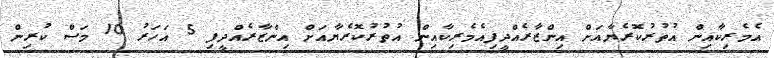
އެމެރިކާއިން އުތުރުކޮރެޔާއަށް އިންޒާރެއްދީފިއެމެރިކާއިން އުތުރުކޮރެޔާއަށް އިންޒާރެއްދީފި 5 އަހަރު 10 މަސް ކުރިން